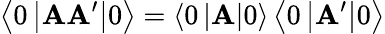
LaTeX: \left\langle0\left|\mathbf{A}\mathbf{A}^{\prime}\right|0\right\rangle=\left\langle0\left|\mathbf{A}\right|0\right\rangle\left\langle0\left|\mathbf{A}^{\prime}\right|0\right\rangle